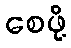
စေဖို့